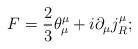
LaTeX: \begin{align*}F = \frac{2}{3} \theta_\mu^\mu + i \partial_\mu j^\mu_R;\end{align*}